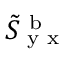
\tilde { S } _ { \textup { y x } } ^ { \mathrm { ~ b ~ } }